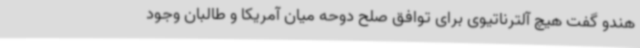
هندو گفت هیچ آلترناتیوی برای توافق صلح دوحه میان آمریکا و طالبان وجود